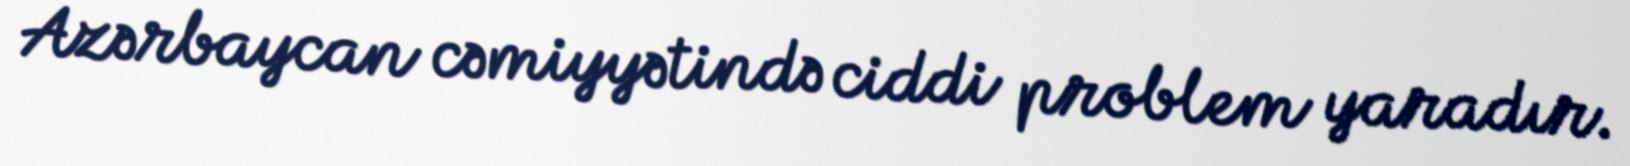
Azərbaycan cəmiyyətində ciddi problem yaradır.